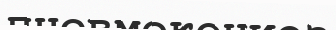
пневмокониоз